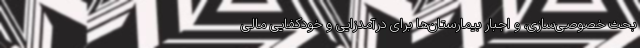
بحث خصوصی‌سازی، و اجبار بیمارستان‌ها برای درآمدزایی و خودکفایی مالی